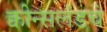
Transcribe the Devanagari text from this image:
क्वीन्सलंडचे